Physiological action of certain drugs in tablet form - Number 52A
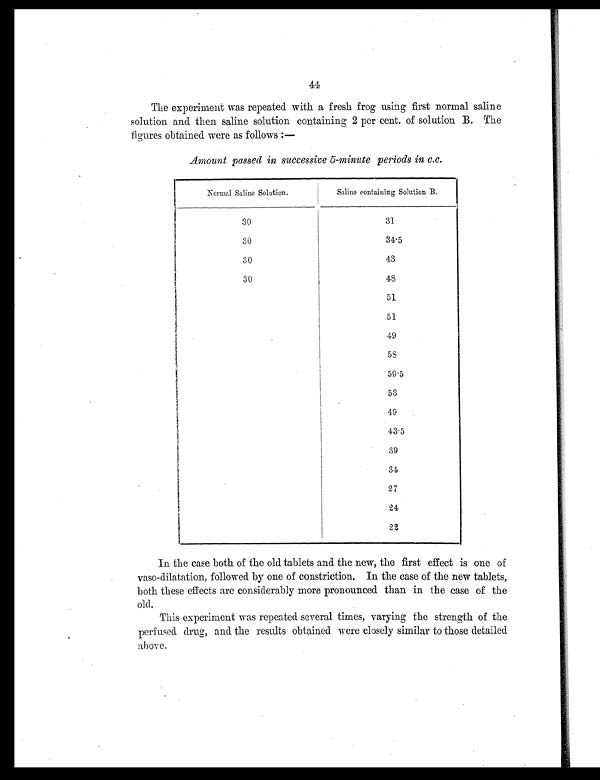
44
The experiment was repeated with a fresh frog using first normal saline
solution and then saline solution containing 2 per cent. of solution B. The
figures obtained were as follows :—
Amount passed in successive 5-minute periods in c.c.
Normal Saline Solution.
Saline containing Solution B.
30
31
30
34.5
30
43
30
48
51
51
49
5 8
59.5
53
49
43.5
39
34
27
24
22
In the case both of the old tablets and the new, the first effect is one of
vaso-dilatation, followed by one of constriction. In the case of the new tablets,
both these effects are considerably more pronounced than in the case of the
old.
This experiment was repeated several times, varying the strength of the
perfused drug, and the results obtained were closely similar to those detailed
above.